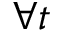
\forall t